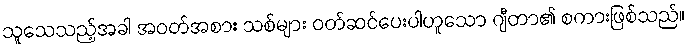
သူသေသည့်အခါ အဝတ်အစား သစ်များ ဝတ်ဆင်ပေးပါဟူသော ဂျီတာ၏ စကားဖြစ်သည်။